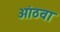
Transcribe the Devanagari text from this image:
आंठवा